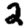
Digit: 2